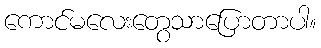
ကောင်မလေးတွေသာပြောတာပါ။